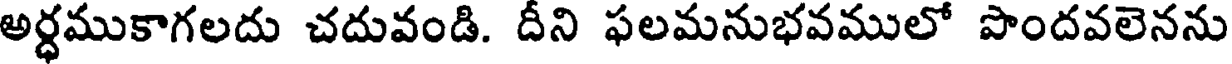
అర్ధముకాగలదు చదువండి. దీని ఫలమనుభవములో పొందవలెనను